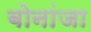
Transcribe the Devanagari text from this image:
बोनांजा